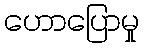
ဟောပြောမှု